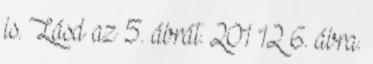
is. Lásd az 5. ábrát. 201 12 6. ábra.